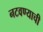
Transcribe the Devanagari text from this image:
नटवण्याची